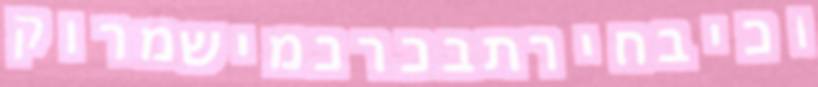
וכיבחירתבכרכמישמרוק